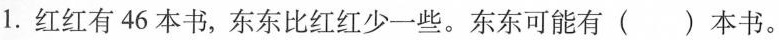
1.红红有46本书，东东比红红少一些。东东可能有（）本书。